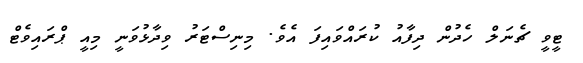
ޓީވީ ޗެނަލް ހެދުން ދިފާއު ކުރައްވައިފަ އެވެ. މިނިސްޓަރު ވިދާޅުވަނީ މިއީ ޕްރައިވެޓް